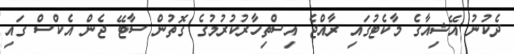
ދެކުނު އޭޝިއާގެ މާކެޓުގައި ރާއްޖެ އިސްތިހާރުކުރުމުގެ ގޮތުން ސާޓޭ ޖެން އެކްސް ގައި